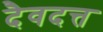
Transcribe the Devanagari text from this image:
दैवदत्त